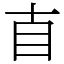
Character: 𥃭